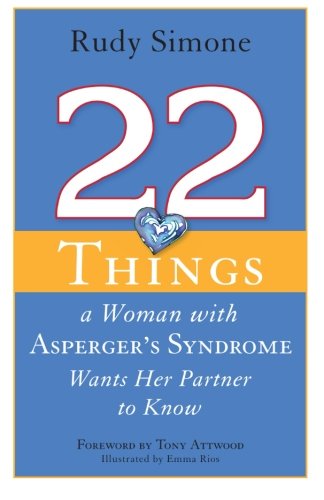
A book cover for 22 Things a Woman With Asperger's Syndrome Wants Her Partner to Know; Rudy Simone; Health, Fitness & Dieting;